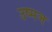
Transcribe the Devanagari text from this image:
उष्मज